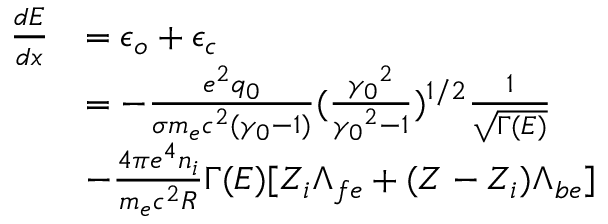
\begin{array} { r l } { \frac { d E } { d x } } & { = \epsilon _ { o } + \epsilon _ { c } } \\ & { = - \frac { e ^ { 2 } q _ { 0 } } { \sigma m _ { e } c ^ { 2 } ( \gamma _ { 0 } - 1 ) } ( \frac { { \gamma _ { 0 } } ^ { 2 } } { { \gamma _ { 0 } } ^ { 2 } - 1 } ) ^ { 1 / 2 } \frac { 1 } { \sqrt { \Gamma ( E ) } } } \\ & { - \frac { 4 \pi e ^ { 4 } n _ { i } } { m _ { e } c ^ { 2 } R } \Gamma ( E ) [ Z _ { i } \Lambda _ { f e } + ( Z - Z _ { i } ) \Lambda _ { b e } ] } \end{array}